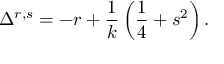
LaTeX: \Delta ^ { r , s } = - r + \frac 1 k \left( \frac 1 4 + s ^ { 2 } \right) .